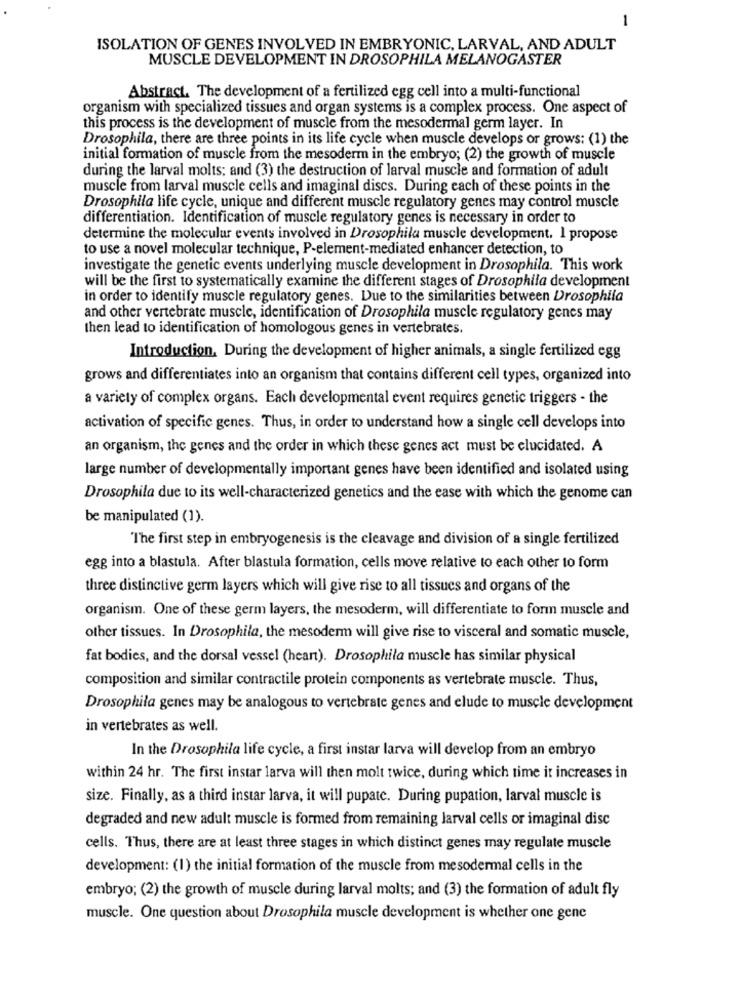
1
ISOLATION OF GENES INVOLVED IN EMBRYONIC, LARVAL, AND ADULT
MUSCLE DEVELOPMENT IN DROSOPHILA MELANOGASTER
Abstract. The development of a fertilized egg cell into a multi-functional
organism with specialized tissues and organ systems is a complex process. One aspect of
this process is the development of muscle from the mesodermal germ layer. In
Drosophila, there are three points in its life cycle when muscle develops or grows: (1) the
initial formation of muscle from the mesoderm in the embryo; (2) the growth of muscle
during the larval molts; and (3) the destruction of larval muscle and formation of adult
muscle from larval muscle cells and imaginal discs. During each of these points in the
Drosophila life cycle, unique and different muscle regulatory genes may control muscle
differentiation. Identification of muscle regulatory genes is necessary in order to
determine the molecular events involved in Drosophila muscle development. 1 propose
to use a novel molecular technique, P-element-mediated enhancer detection, to
investigate the genetic events underlying muscle development in Drosophila. This work
will be the first to systematically examine the different stages of Drosophila development
in order to identify muscle regulatory genes. Due to the similarities between Drosophila
and other vertebrate muscle, identification of Drosophila muscle regulatory genes may
then lead to identification of homologous genes in vertebrates.
Introduction. During the development of higher animals, a single fertilized egg
grows and differentiates into an organism that contains different cell types, organized into
a variety of complex organs. Each developmental event requires genetic triggers - the
activation of specific genes. Thus, in order to understand how a single cell develops into
an organism, the genes and the order in which these genes act must be elucidated. A
large number of developmentally important genes have been identified and isolated using
Drosophila due to its well-characterized genetics and the ease with which the genome can
be manipulated (1).
The first step in embryogenesis is the cleavage and division of a single fertilized
egg into a blastula. After blastula formation, cells move relative to each other to form
three distinctive germ layers which will give rise to all tissues and organs of the
organism. One of these germ layers, the mesoderm, will differentiate to form muscle and
other tissues. In Drosophila, the mesoderm will give rise to visceral and somatic muscle,
fat bodies, and the dorsal vessel (heart). Drosophila muscle has similar physical
composition and similar contractile protein components as vertebrate muscle. Thus,
Drosophila genes may be analogous to vertebrate genes and elude to muscle development
in vertebrates as well.
In the Drosophila life cycle, a first instar larva will develop from an embryo
within 24 hr. The first instar larva will then molt twice, during which time it increases in
size. Finally, as a third instar larva, it will pupate. During pupation, larval muscle is
degraded and new adult muscle is formed from remaining larval cells or imaginal disc
cells. Thus, there are at least three stages in which distinct genes may regulate muscle
development: (1) the initial formation of the muscle from mesodermal cells in the
embryo; (2) the growth of muscle during larval molts; and (3) the formation of adult fly
muscle. One question about Drosophila muscle development is whether one gene